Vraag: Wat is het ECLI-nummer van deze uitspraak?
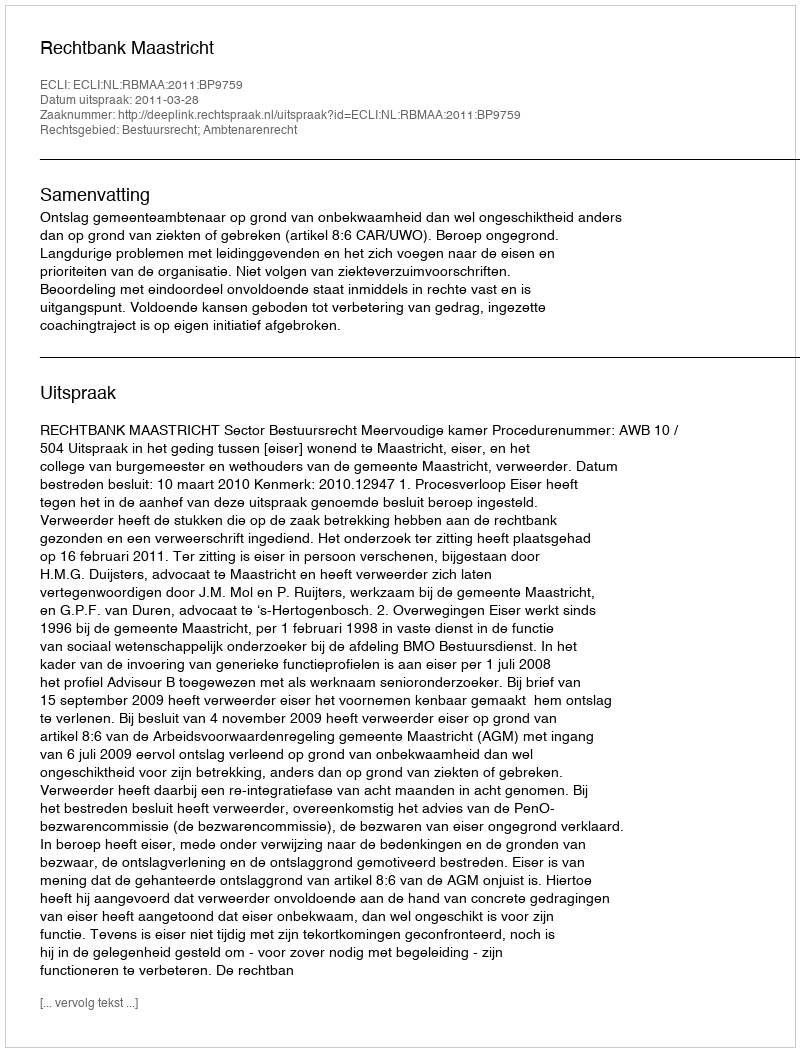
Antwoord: ECLI:NL:RBMAA:2011:BP9759